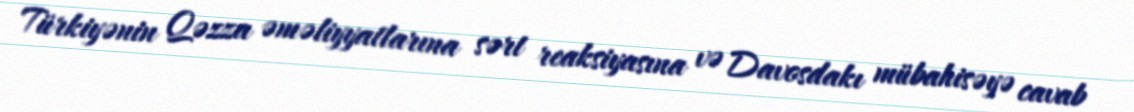
Türkiyənin Qəzza əməliyyatlarına sərt reaksiyasına və Davosdakı mübahisəyə cavab